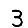
Digit: 3